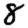
Digit: 8